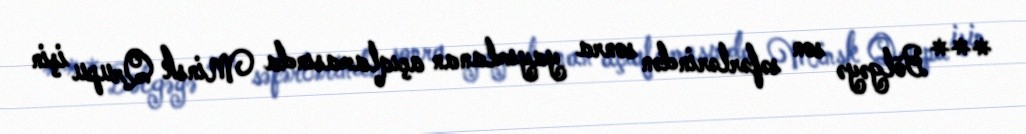
*** Bölgəyə son səfərlərindən sonra yayımlanan açıqlamasında Minsk Qrupu işin